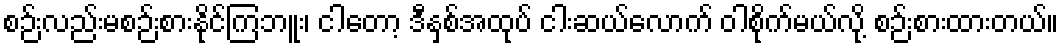
စဉ်းလည်းမစဉ်းစားနိုင်ကြဘူး၊ ငါတော့ ဒီနှစ်အထုပ် ငါးဆယ်လောက် ဝါစိုက်မယ်လို့ စဉ်းစားထားတယ်။